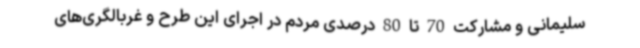
سلیمانی و مشارکت 70 تا 80 درصدی مردم در اجرای این طرح و غربالگری‌های